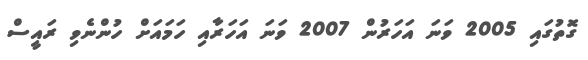
ގޮތުގައި 2005 ވަނަ އަހަރުން 2007 ވަނަ އަހަރާއި ހަމައަށް ހުންނެވި ރައީސް